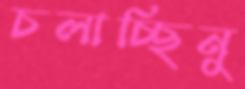
চলাচ্ছিনু